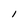
Character: 1